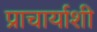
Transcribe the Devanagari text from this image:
प्राचार्याशी